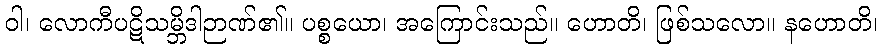
ဝါ၊ လောကီပဋိသမ္ဘိဒါဉာဏ်၏။ ပစ္စယော၊ အကြောင်းသည်။ ဟောတိ၊ ဖြစ်သလော။ နဟောတိ၊